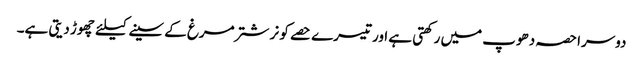
دوسرا حصہ دھوپ میں رکھتی ہے اور تیسرے حصے کو نر شتر مرغ کے سینے کیلئے چھوڑ دیتی ہے۔